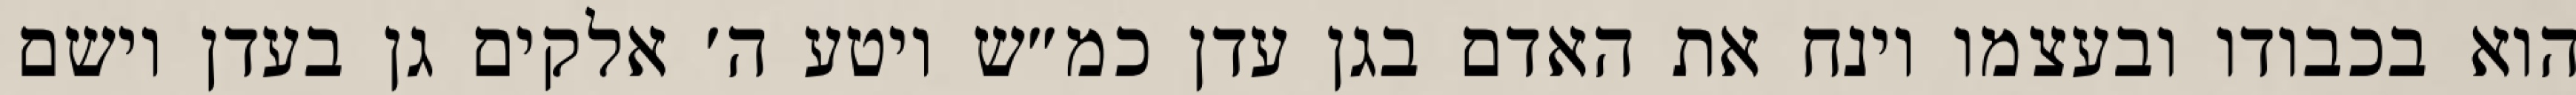
הוא בכבודו ובעצמו וינח את האדם בגן עדן כמ״ש ויטע ה׳ אלקים גן בעדן וישם